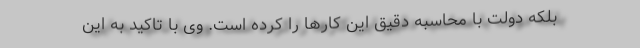
بلکه دولت با محاسبه دقیق این کارها را کرده است. وی با تاکید به این